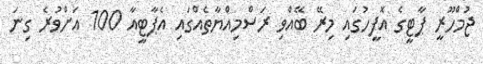
ޖުމްހޫރީ ޕާޓީގެ އޮފީހުގައި މިރޭ ބޭއްވި ރަސްމިއްޔާތެއްގައި އެޕާޓީއާ 100 އަށްވުރެ ގިނަ